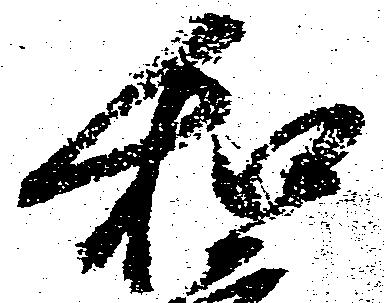
和